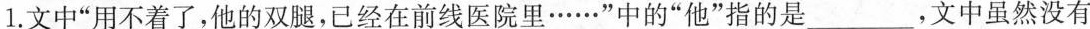
1.文中”用不着了，他的双腿，已经在前线医院里……”中的”他”指的是___，文中虽然没有